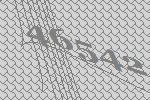
46542